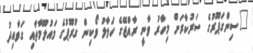
"ސިންގަޕޫރުގެ ސަރުކާރަށް މިހާރު ވާނީ ރާއްޖޭގެ ހަލާލު ވޯކިން ގުރޫޕުގެ މައުލޫމާތާއި ގަވާއިދު